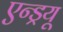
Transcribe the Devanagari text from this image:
एन्‍ड्रयू